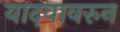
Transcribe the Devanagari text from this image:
यादवावरुन